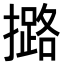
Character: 𢷅